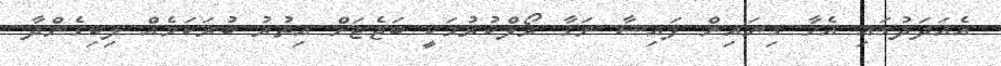
އެއަދަދުގައި އެހާ ގިނައިން ފައިސާ ނަގާ ރޯލްކުރުމަކީ ބަޖެޓަށް އިތުރު ބުރަކަމެއް ލިބިގެންދާ